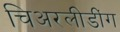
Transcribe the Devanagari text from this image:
चिअरलीडींग